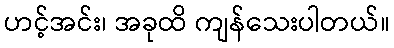
ဟင့်အင်း၊ အခုထိ ကျန်သေးပါတယ်။